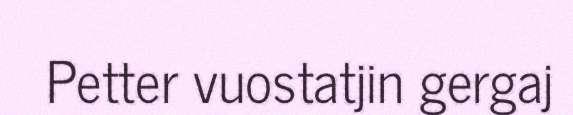
Petter vuostatjin gergaj